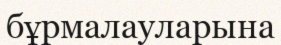
бұрмалауларына